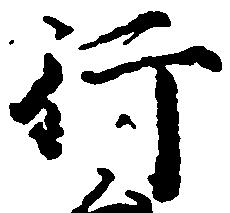
行